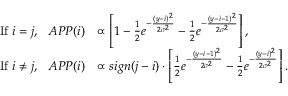
\begin{array} { r l } { \mathrm { I f } ~ i = j , ~ ~ A P P ( i ) } & { \propto \left[ 1 - \frac { 1 } { 2 } e ^ { - \frac { ( y - i ) ^ { 2 } } { 2 \sigma ^ { 2 } } } - \frac { 1 } { 2 } e ^ { - \frac { ( y - i - 1 ) ^ { 2 } } { 2 \sigma ^ { 2 } } } \right] , } \\ { \mathrm { I f } ~ i \ne j , ~ ~ A P P ( i ) } & { \propto s i g n ( j - i ) \cdot \left[ \frac { 1 } { 2 } e ^ { - \frac { ( y - i - 1 ) ^ { 2 } } { 2 \sigma ^ { 2 } } } - \frac { 1 } { 2 } e ^ { - \frac { ( y - i ) ^ { 2 } } { 2 \sigma ^ { 2 } } } \right] . } \end{array}